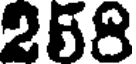
258